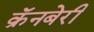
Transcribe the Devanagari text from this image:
क्रॅनबेरी